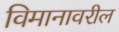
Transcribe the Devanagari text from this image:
विमानावरील